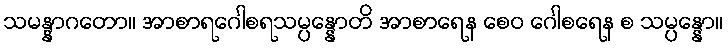
သမန္နာဂတော။ အာစာရဂေါစရသမ္ပန္နောတိ အာစာရေန စေဝ ဂေါစရေန စ သမ္ပန္နော။